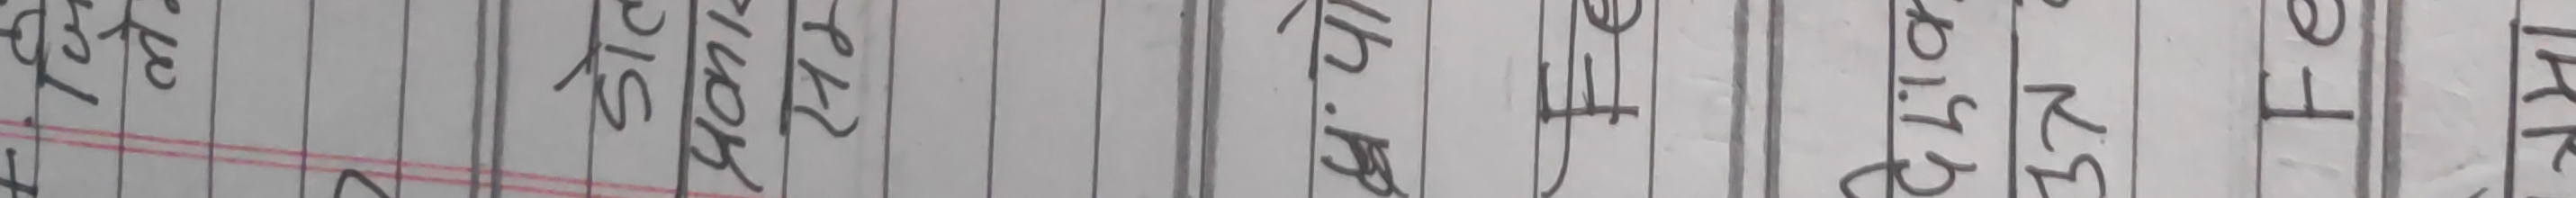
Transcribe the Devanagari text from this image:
एके प्रारम्भिक बिविध शुक्रे ४.१६ चन्द्र ३.३० बुध ३.५ मंगल १.२८ गुरु १.१० शनि ३.१४ राहु १.२८ केतु ३.५१